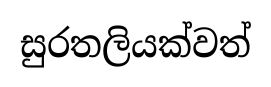
සුරතලියක්වත්